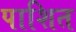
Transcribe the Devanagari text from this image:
पाशित